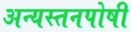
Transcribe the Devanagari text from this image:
अन्यस्तनपोषी